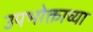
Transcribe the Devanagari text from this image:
उपभोक्ताच्या